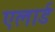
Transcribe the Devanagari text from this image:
एलार्ड